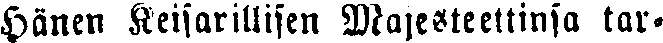
Hänen Keisarillisen Majesteettinsa tar-